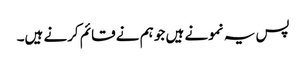
پس یہ نمونے ہیں جو ہم نے قائم کرنے ہیں۔